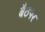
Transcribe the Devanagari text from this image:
बैठपर